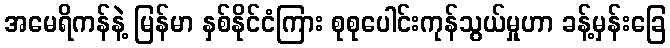
အမေရိကန်နဲ့ မြန်မာ နှစ်နိုင်ငံကြား စုစုပေါင်းကုန်သွယ်မှုဟာ ခန့်မှန်းခြေ